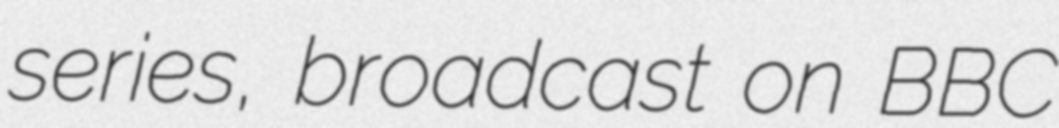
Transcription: series, broadcast on BBC